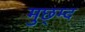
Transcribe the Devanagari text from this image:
मुछ्म्द